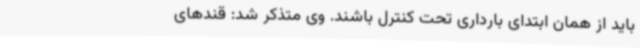
باید از همان ابتدای بارداری تحت کنترل باشند. وی متذکر شد: قندهای